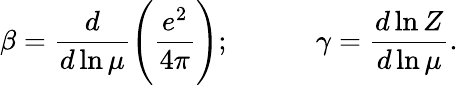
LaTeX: \beta=\frac{d}{d\ln\mu}\Bigg(\frac{e^{2}}{4\pi}\Bigg);\qquad\quad\gamma=\frac{d\ln Z}{d\ln\mu}.